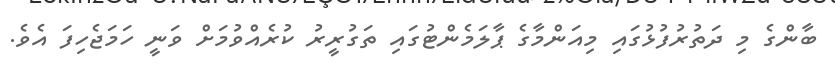
ބާންގެ މި ދަތުރުފުޅުގައި މިއަންމާގެ ޕާލަމެންޓުގައި ތަގުރީރު ކުރެއްވުމަށް ވަނީ ހަމަޖެހިފަ އެވެ.